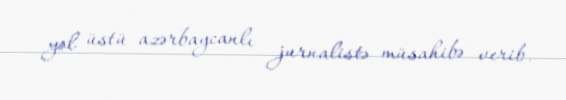
yol üstü azərbaycanlı jurnalistə müsahibə verib.